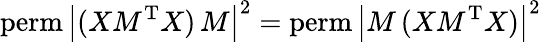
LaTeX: \mathrm{perm}\, {\left|(XM^{\mathrm{T}}X)\, M\right|^{2}}=\mathrm{perm}\, {\left|M\, (XM^{\mathrm{T}}X)\right|^{2}}